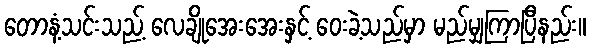
တောနံ့သင်းသည့် လေချိုအေးအေးနှင့် ဝေးခဲ့သည်မှာ မည်မျှကြာပြီနည်း။